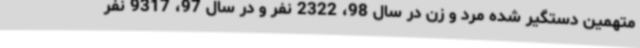
متهمین دستگیر شده مرد و زن در سال 98، 2322 نفر و در سال 97، 9317 نفر